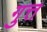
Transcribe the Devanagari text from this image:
गुत्त